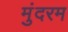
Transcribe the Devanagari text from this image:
मुंदरम